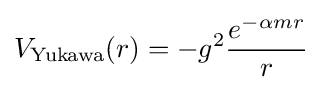
V_{\text{Yukawa}}(r)=-g^{2}{\frac {e^{-\alpha mr}}{r}}